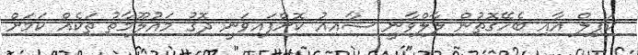
ކަޕިލް އާއި ބެހޭގޮތުން ލާލްވާނީ ޝާއިއު ކޮށްފައިވަނީ ދޮގު މައުލޫމާތު ތަކެއް ކަމަށް